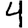
Digit: 4